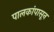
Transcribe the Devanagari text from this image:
पालकांपासून